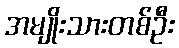
အမျိုးသားတစ်ဦး